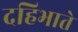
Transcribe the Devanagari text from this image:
दहिभाते